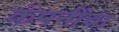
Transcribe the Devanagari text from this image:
कंपनींचा